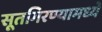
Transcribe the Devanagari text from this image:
सूतगिरण्यामध्ये